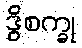
ဒွိစက္ခု